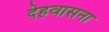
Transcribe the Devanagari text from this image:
देहवासना